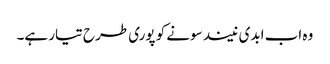
وہ اب ابدی نیند سونے کو پوری طرح تیار ہے۔